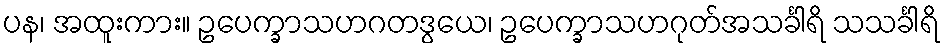
ပန၊ အထူးကား။ ဥပေက္ခာသဟဂတဒွယေ၊ ဥပေက္ခာသဟဂုတ်အသင်္ခါရိ သသင်္ခါရိ